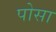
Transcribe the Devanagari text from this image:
पोसा